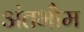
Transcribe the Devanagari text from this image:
अंतभौम